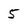
Character: 5